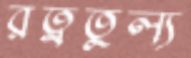
রত্নতুল্য